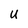
Character: U